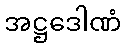
အဋ္ဌဒေါဏံ